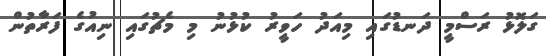
ގަލޮޅު ރަސްމީ ދަނޑުގައި މިއަދު ހަވީރު ކުޅުނު މި މެޗުގައި ނިއުގެ ފަރާތުން